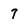
Character: 7